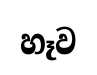
හෑව